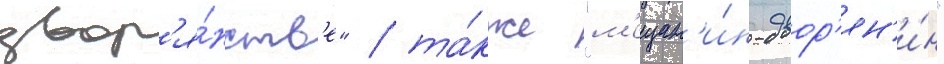
двор'я́нств'е" / та́кже "м'ещан'и́н-двор'ян'и́н"